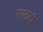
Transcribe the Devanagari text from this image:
एएलबी